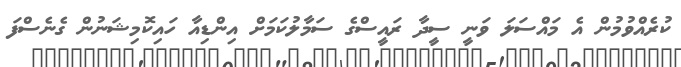
ކުރެއްވުމުން އެ މައްސަލަ ވަނީ ސީދާ ރައީސްގެ ސަމާލުކަމަށް އިންޑިއާ ހައިކޮމިޝަނުން ގެނެސްފަ